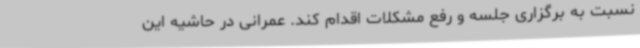
نسبت به برگزاری جلسه و رفع مشکلات اقدام کند. عمرانی در حاشیه این